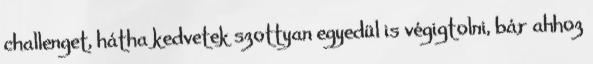
challenget, hátha kedvetek szottyan egyedül is végigtolni, bár ahhoz